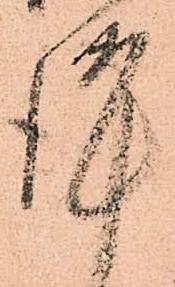
謹